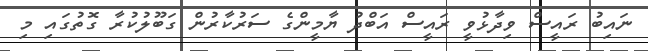
ނައިބު ރައީސް ވިދާޅުވީ ރައީސް އަބްދު ޔާމީންގެ ސަރުކާރުން ގަބޫލުކުރާ ގޮތުގައި މި